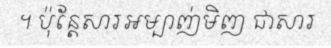
។ ប៉ុន្តែសារអម្បាញ់មិញ ជាសារ